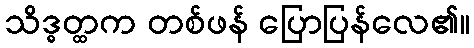
သိဒ္ဓတ္ထက တစ်ဖန် ပြောပြန်လေ၏။